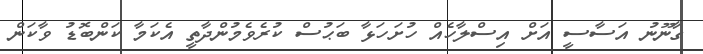
ގާނޫނު އަސާސީ އަށް އިސްލާހެއް ހުށަހަޅާ ބަޙުސް ކުރެވެމުންދާތީ އެކަމާ ކަންބޮޑު ވާކަން